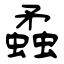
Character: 蟊